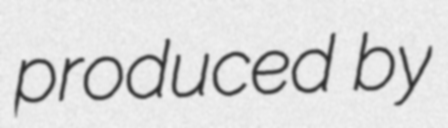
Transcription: produced by